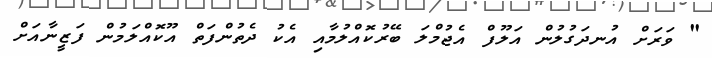
" ވަރަށް އުނދަގުލުން އަލޫފް އެޖުމްލަ ބޭރުކޮއްލުމާއި އެކު ދެތުންފަތް އޫކޮއްލަމުން ފަޒީނާއަށް